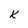
Character: k